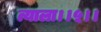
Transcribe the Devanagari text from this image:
त्याला।।५।।